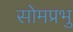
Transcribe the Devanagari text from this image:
सोमप्रभु